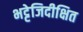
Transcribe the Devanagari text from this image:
भट्टेजिदीक्षित